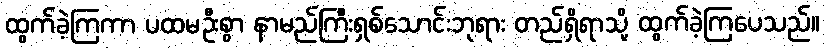
ထွက်ခဲ့ကြကာ ပထမဦးစွာ နာမည်ကြီးရှစ်သောင်းဘုရား တည်ရှိရာသို့ ထွက်ခဲ့ကြပေသည်။